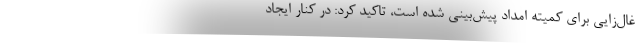
غال‌زایی برای کمیته امداد پیش‌بینی شده است، تاکید کرد: در کنار ایجاد